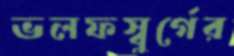
ভলফস্বুর্গের